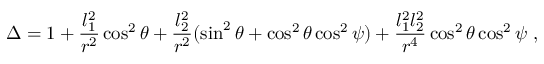
\Delta = 1 + \frac { l _ { 1 } ^ { 2 } } { r ^ { 2 } } \cos ^ { 2 } \theta + \frac { l _ { 2 } ^ { 2 } } { r ^ { 2 } } ( \sin ^ { 2 } \theta + \cos ^ { 2 } \theta \cos ^ { 2 } \psi ) + \frac { l _ { 1 } ^ { 2 } l _ { 2 } ^ { 2 } } { r ^ { 4 } } \cos ^ { 2 } \theta \cos ^ { 2 } \psi \ ,